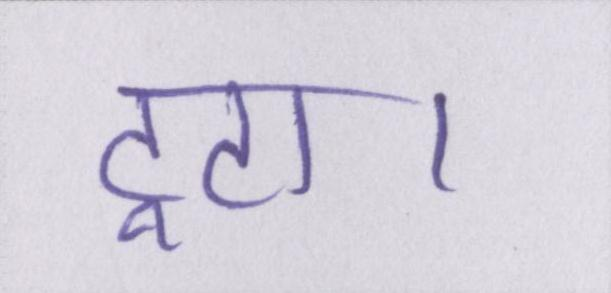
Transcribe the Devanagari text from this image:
टूटा।